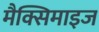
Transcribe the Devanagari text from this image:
मैक्सिमाइज